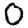
Digit: 0